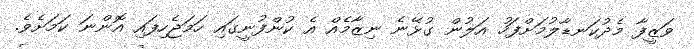
ވަޒީފާ މެދުކަނޑާލުމަށްފަހު އަލުން ގުޅޭނެ ނިޒާމެއް އެ ކުންފުނީގައި ހަމަޖެހިފައި އޮންނަ ކަމަށެވެ.